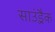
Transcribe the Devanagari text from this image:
साउंड़्रैक